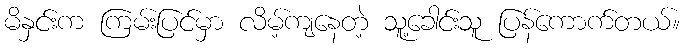
မိနှင်းက ကြမ်းပြင်မှာ လိမ့်ကျနေတဲ့ သူ့ခေါင်းသူ ပြန်ကောက်တယ်။